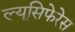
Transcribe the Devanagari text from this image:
ल्यूसिफेरेस